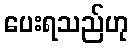
ပေးရသည်ဟု